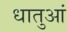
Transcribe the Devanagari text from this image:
धातुआं